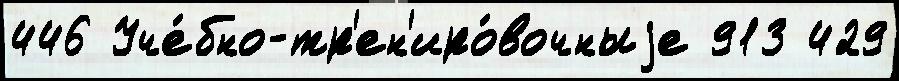
446 Уче́бно-тр'ен'иро́вочныjе 913 429